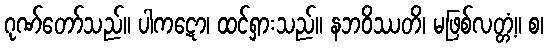
ဂုဏ်တော်သည်။ ပါကဋော၊ ထင်ရှားသည်။ နဘဝိဿတိ၊ မဖြစ်လတ္တံ့။ စ၊